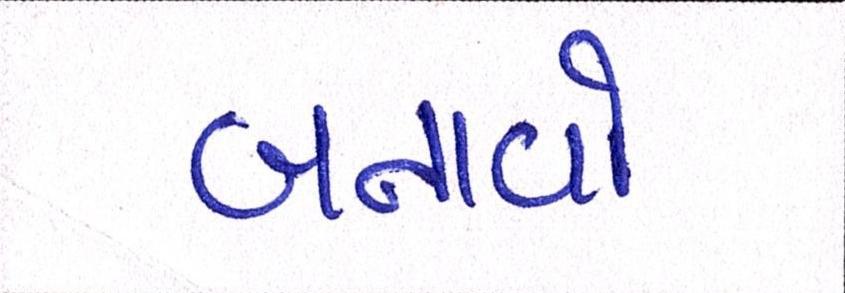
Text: બનાવો